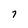
Character: 7